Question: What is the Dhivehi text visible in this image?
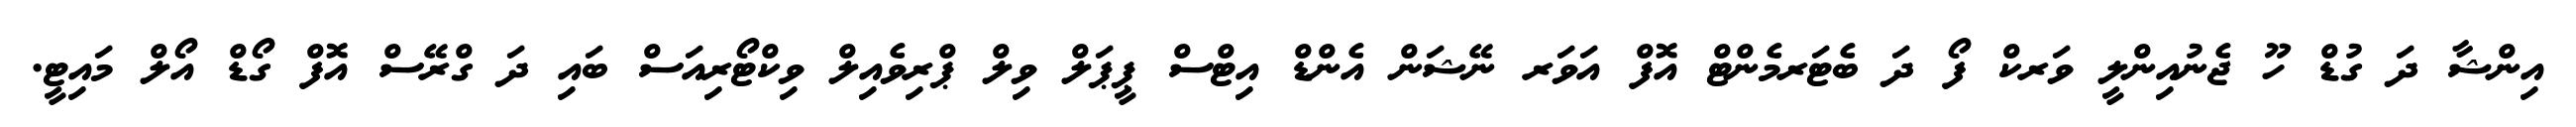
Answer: އިންޝާ ދަ ގުޑް ހޫ ޖެނުއިންލީ ވަރކް ފޯ ދަ ބެޓަރމެންޓް އޮފް އަވަރ ނޭޝަން އެންޑް އިޓްސް ޕީޕަލް ވިލް ޕްރިވެއިލް ވިކްޓޯރިއަސް ބައި ދަ ގްރޭސް އޮފް ގޯޑް އޯލް މައިޓީ.